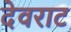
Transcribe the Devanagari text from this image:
देवराट